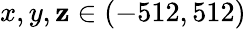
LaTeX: x,y,\mathbf{z}\in(-512,512)